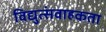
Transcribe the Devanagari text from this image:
विद्युत्संवाहकता